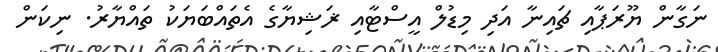
ނަގާން ޔޫރަޕާއި ޗައިނާ އަދި މިޑުލް އީސްޓާއި ޜަޝިޔާގެ އެތައްބަޔަކު ތައްޔާރު. ނިކަން